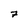
Character: 7